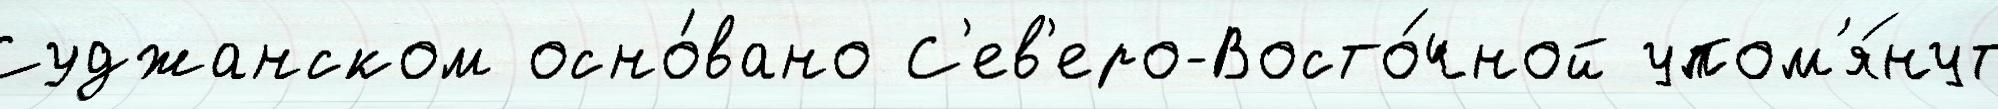
Суджанском осно́вано С'ев'еро-Восто́чной упом'я́нут